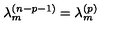
\lambda _ { m } ^ { ( n - p - 1 ) } = \lambda _ { m } ^ { ( p ) }